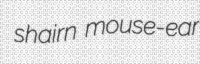
shairn mouse-ear